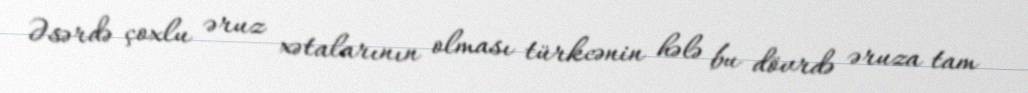
Əsərdə çoxlu əruz xətalarının olması türkcənin hələ bu dövrdə əruza tam